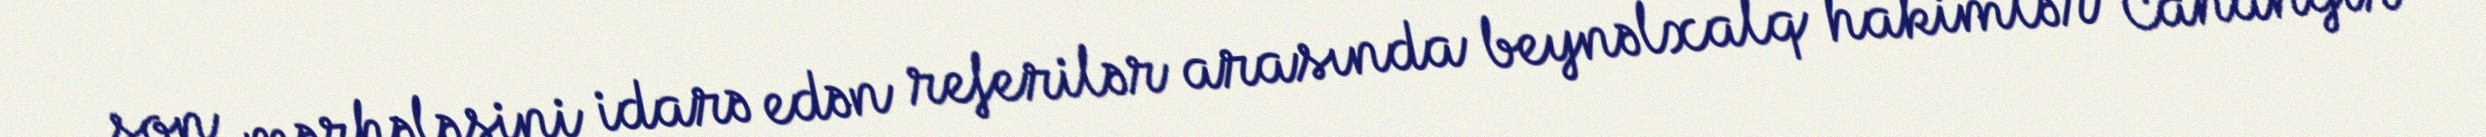
son mərhələsini idarə edən referilər arasında beynəlxalq hakimlər Cahangir